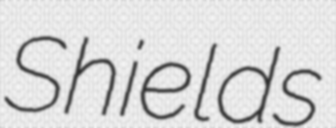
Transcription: Shields